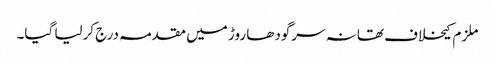
ملزم کیخلاف تھانہ سرگودھا روڑ میں مقدمہ درج کرلیا گیا۔